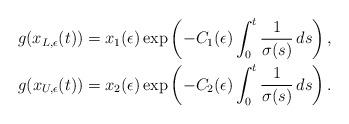
LaTeX: \begin{align*}g(x_{L,\epsilon}(t))&=x_1(\epsilon)\exp\left(-C_1(\epsilon)\int_0^t \frac{1}{\sigma(s)}\,ds\right),\\g(x_{U,\epsilon}(t))&=x_2(\epsilon)\exp\left(-C_2(\epsilon)\int_0^t \frac{1}{\sigma(s)}\,ds\right).\end{align*}